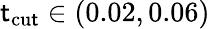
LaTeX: \mathsf{t}_{\mathrm{{cu\mathsf{t}}}}\in(0.02,0.06)